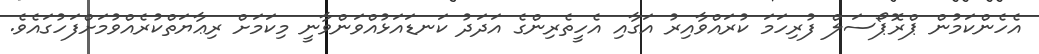
އެހެންކަމުން ޕްރޮޕޯސަލް ފުރިހަމަ ކުރައްވާއިރު އަގާއި އެހީތެރިންގެ އަދަދު ކަނޑައަޅުއްވަންވާނީ މިކަމަށް ރިޢާޔަތްކުރެއްވުމަށްފަހުގައެވެ.